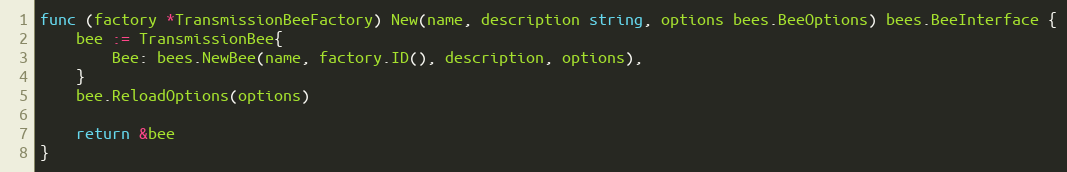
Language: Go
func (factory *TransmissionBeeFactory) New(name, description string, options bees.BeeOptions) bees.BeeInterface {
	bee := TransmissionBee{
		Bee: bees.NewBee(name, factory.ID(), description, options),
	}
	bee.ReloadOptions(options)

	return &bee
}